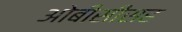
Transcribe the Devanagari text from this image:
ओबीसींसह